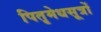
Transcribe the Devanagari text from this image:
पितृमेधसूत्रों